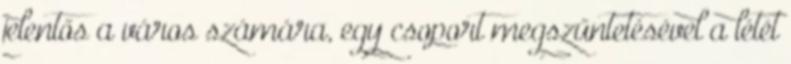
jelentős a város számára, egy csoport megszűntetésével a létét